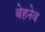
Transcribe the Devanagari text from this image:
बेहनेव